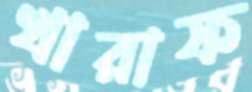
খারাফ